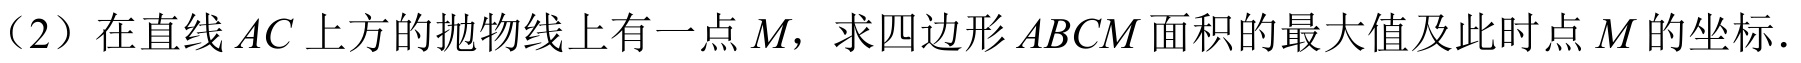
（2）在直线\(AC\)上方的抛物线上有一点\(M\)，求四边形\(ABCM\)面积的最大值及此时点\(M\)的坐标.